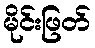
မိုင်းဖြတ်